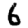
Digit: 6